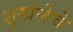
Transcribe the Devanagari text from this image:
शृखंलेचे